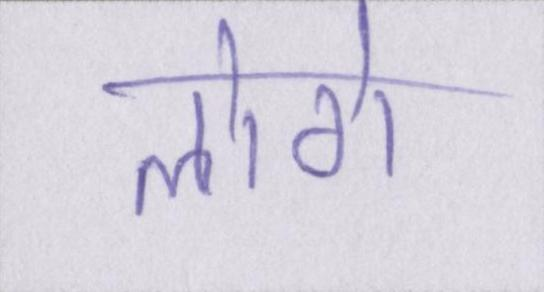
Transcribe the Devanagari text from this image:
लोगे